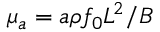
\mu _ { a } = a \rho f _ { 0 } L ^ { 2 } / B